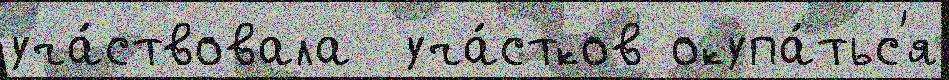
уча́ствовала  уча́стков окупа́тьс'я